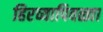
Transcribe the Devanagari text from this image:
हिरव्यापिवळ्या